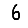
Digit: 6